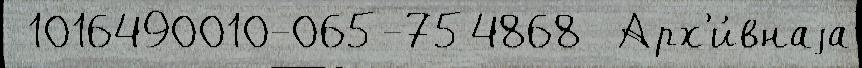
 1016490010-065-754868  Арх'и́внаjа